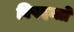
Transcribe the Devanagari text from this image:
विषदन्तों